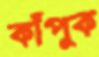
কাঁপুক